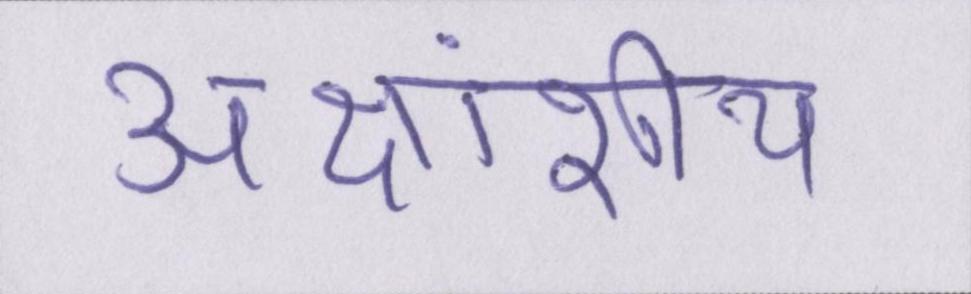
अक्षांशीय